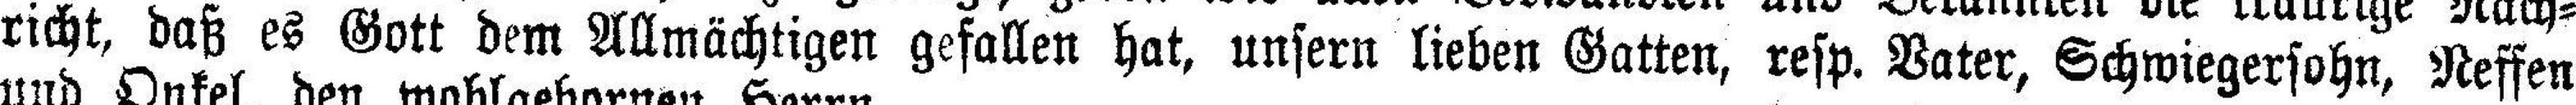
richt, daß es Gott dem Allmächtigen gefallen hat, unfern lieben Gatten, resp. Vater, Schwiegersohn, Neffen